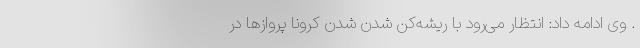
. وی ادامه داد: انتظار می‌رود با ریشه‌کن شدن شدن کرونا پروازها در